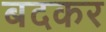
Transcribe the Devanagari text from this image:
बदकर